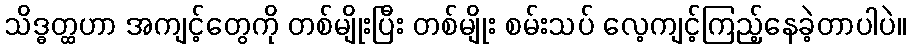
သိဒ္ဓတ္ထဟာ အကျင့်တွေကို တစ်မျိုးပြီး တစ်မျိုး စမ်းသပ် လေ့ကျင့်ကြည့်နေခဲ့တာပါပဲ။